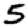
Digit: 5